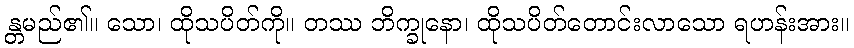
န္တမည်၏။ သော၊ ထိုသပိတ်ကို။ တဿ ဘိက္ခုနော၊ ထိုသပိတ်တောင်းလာသော ရဟန်းအား။